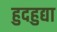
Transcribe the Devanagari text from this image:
हुदहुद्या